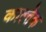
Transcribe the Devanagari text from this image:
काल्तेक